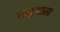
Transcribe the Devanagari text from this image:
मनुशास्त्र